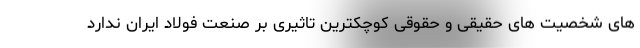
های شخصیت های حقیقی و حقوقی کوچکترین تاثیری بر صنعت فولاد ایران ندارد